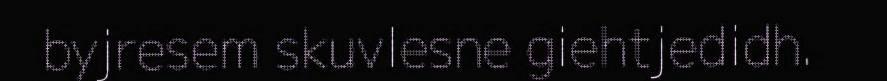
byjresem skuvlesne giehtjedidh.